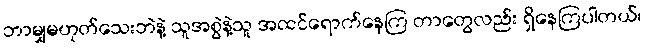
ဘာမျှမဟုတ်သေးဘဲနဲ့ သူအစွဲနဲ့သူ အထင်ရောက်နေကြ တာတွေလည်း ရှိနေကြပါတယ်၊